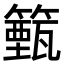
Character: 籈